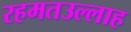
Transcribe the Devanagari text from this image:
रहमतउल्लाह